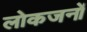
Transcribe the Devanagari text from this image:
लोकजनों